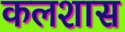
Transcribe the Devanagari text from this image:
कलशास